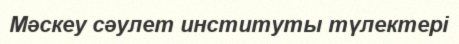
Мәскеу сәулет институты түлектері